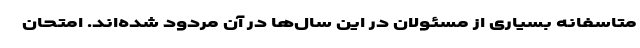
متاسفانه بسیاری از مسئولان در این سال‌ها در آن مردود شده‌اند. امتحان